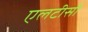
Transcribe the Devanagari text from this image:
एलटीसी